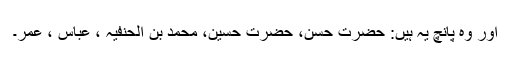
اور وہ پانچ یہ ہیں: حضرت حسن، حضرت حسین، محمد بن الحنفیہ ، عباس ، عمر۔